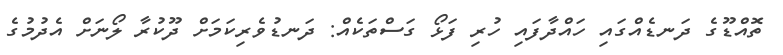
ތޮއްޑޫގެ ދަނޑެއްގައި ހައްދާފައި ހުރި ފަޅޯ ގަސްތަކެއް: ދަނޑުވެރިކަމަށް ދޫކުރާ ލޯނަށް އެދުމުގެ